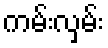
ကမ်းလှမ်း